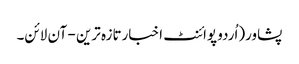
پشاور(اُردو پوائنٹ اخبارتازہ ترین - آن لائن۔